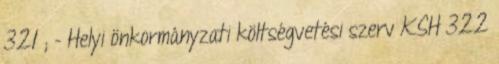
321 ; - Helyi önkormányzati költségvetési szerv KSH 322